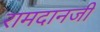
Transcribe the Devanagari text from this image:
रामदानजी